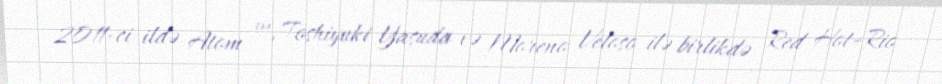
2011-ci ildə Atom ™, Toshiyuki Yasuda və Moreno Veloso ilə birlikdə Red Hot+Rio